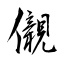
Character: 儭